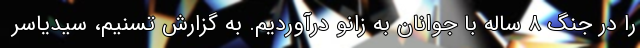
را در جنگ ۸ ساله با جوانان به زانو درآوردیم. به گزارش تسنیم، سیدیاسر